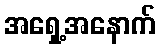
အရှေ့အနောက်